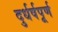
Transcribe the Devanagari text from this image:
दुर्धर्षपूर्ण